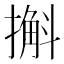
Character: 㩂